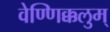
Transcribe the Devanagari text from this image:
वेण्णिक्कलुम्